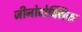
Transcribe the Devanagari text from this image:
जीनोटोक्सिक